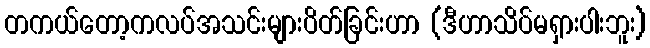
တကယ်တော့ကလပ်အသင်းများပိတ်ခြင်းဟာ (ဒီဟာသိပ်မရှားပါးဘူး)